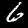
Label: 6